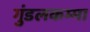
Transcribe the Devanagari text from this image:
गुंडलकम्मा